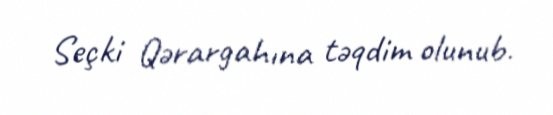
Seçki Qərargahına təqdim olunub.